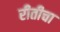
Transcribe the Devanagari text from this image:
रीतीचा